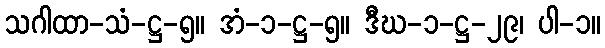
သဂါထာ-သံ-ဋ္ဌ-၅။ အံ-၁-ဋ္ဌ-၅။ ဒီဃ-၁-ဋ္ဌ-၂၉၊ ပါ-၁။